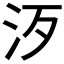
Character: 𣲠